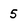
Character: 5